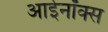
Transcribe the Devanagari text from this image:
आईनॉक्स